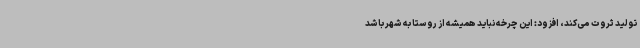
تولید ثروت می‌کند، افزود: این چرخه نباید همیشه از روستا به شهر باشد